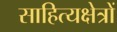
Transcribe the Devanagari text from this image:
साहित्यक्षेत्रों